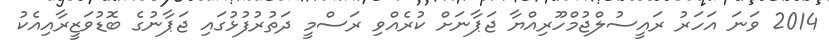
2014 ވަނަ އަހަރު ރައީސުލްޖުމްހޫރިއްޔާ ޖަޕާނަށް ކުރެއްވި ރަސްމީ ދަތުރުފުޅުގައި ޖަޕާނުގެ ބޮޑުވަޒީރާއިއެކު